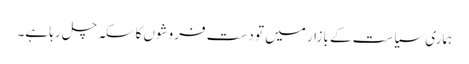
ہماری سیاست کے بازار میں تو دست فروشوں کا سکہ چل رہا ہے۔